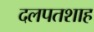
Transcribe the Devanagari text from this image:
दलपतशाह